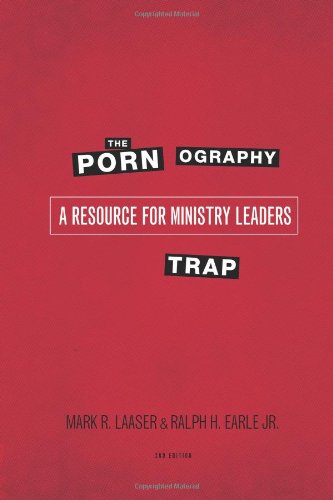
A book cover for The Pornography Trap, 2nd Edition: A Resource for Ministry Leaders; Ralph Earle; Politics & Social Sciences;